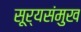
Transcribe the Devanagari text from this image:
सूर्यसंमुख